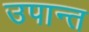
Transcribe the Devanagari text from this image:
उपान्त